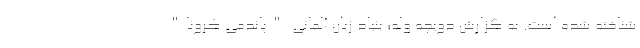
شناخته شده است. به گزارش دویچه وله؛ بنیاد زبان آلمانی "پاندمی کرونا"